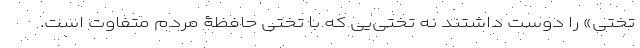
تختی» را دوست داشتند نه تختی‌یی که با تختیِ حافظۀ مردم متفاوت است.